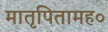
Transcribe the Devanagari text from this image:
मातृपितामह०